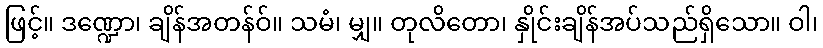
ဖြင့်။ ဒဏ္ဍော၊ ချိန်အတန်ဝ်။ သမံ၊ မျှ။ တုလိတော၊ နှိုင်းချိန်အပ်သည်ရှိသော။ ဝါ၊